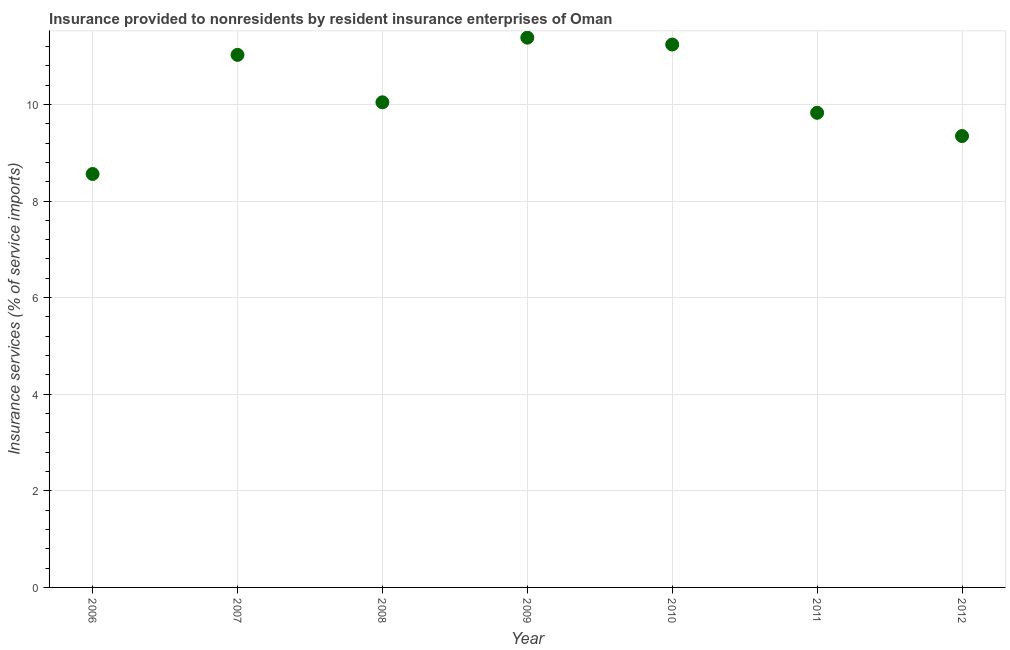
| Year | Insurance and financial services |
 | --- | --- |
 | 2006 | 8.56 |
 | 2007 | 11 |
 | 2008 | 10 |
 | 2009 | 11.4 |
 | 2010 | 11.2 |
 | 2011 | 9.83 |
 | 2012 | 9.35 |